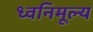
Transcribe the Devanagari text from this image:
ध्वनिमूल्य